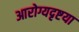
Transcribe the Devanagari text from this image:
आरोग्यदृष्टया